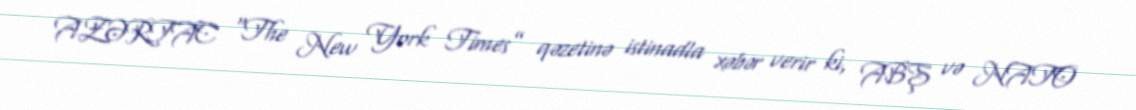
AZƏRTAC “The New York Times” qəzetinə istinadla xəbər verir ki, ABŞ və NATO